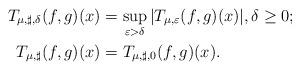
LaTeX: \begin{align*}T_{\mu, \sharp, \delta}(f,g)(x) &= \sup_{\varepsilon > \delta} |T_{\mu, \varepsilon}(f,g)(x)|, \delta \ge 0; \\T_{\mu, \sharp}(f,g)(x) &= T_{\mu, \sharp, 0}(f,g)(x).\end{align*}